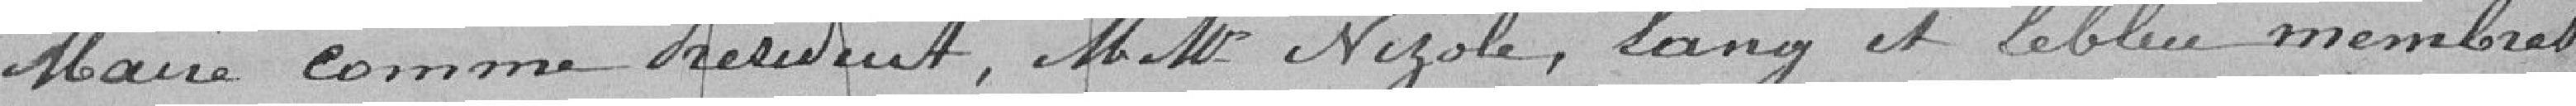
Maire comme président, MM. Nizole, Lang et Lebleu membres